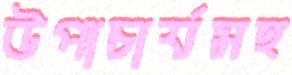
উপাচার্যসহ